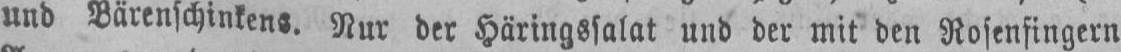
und Bärenschinkens. Nur der Häringssalat und der mit den Rosenfingern